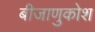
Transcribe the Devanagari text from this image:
बीजाणुकोश